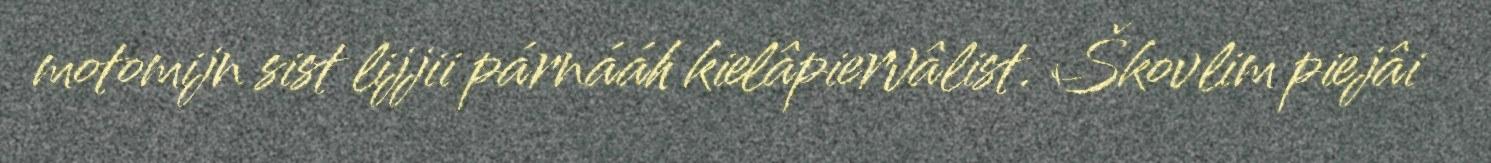
motomijn sist lijjii párnááh kielâpiervâlist. Škovlim piejâi